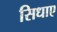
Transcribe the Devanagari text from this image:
सिधाए